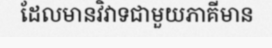
ដែលមានវិវាទជាមួយភាគីមាន